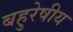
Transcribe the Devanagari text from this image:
बहुरेषीय